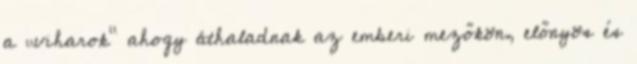
a „viharok” ahogy áthaladnak az emberi mezőkön, előnyös és